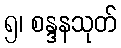
၅၊ စန္ဒနသုတ်